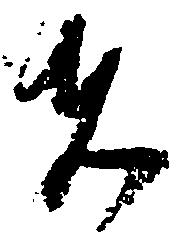
者